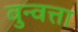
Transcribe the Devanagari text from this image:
वुन्वत्ता